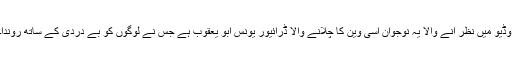
وڈیو میں نظر آنے والا یہ نوجوان اسی وین کا چلانے والا ڈرائیور یونس ابو یعقوب ہے جس نے لوگوں کو بے دردی کے ساتھ روندا۔